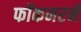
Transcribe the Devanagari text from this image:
फॉकनरने